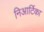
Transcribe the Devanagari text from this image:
निआर्टिका